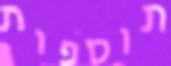
תוספות